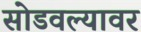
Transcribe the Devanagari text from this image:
सोडवल्यावर